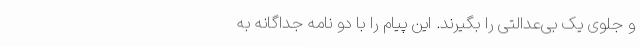
و جلوی یک بی‌عدالتی را بگیرند. این پیام را با دو نامه جداگانه به